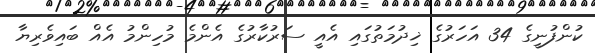
ކުންފުނީގެ 34 އަހަރުގެ ޚިދުމަތުގައި އެއީ ސަރުކާރުގެ އެންމެ މުހިންމު އެއް ބައިވެރިޔާ